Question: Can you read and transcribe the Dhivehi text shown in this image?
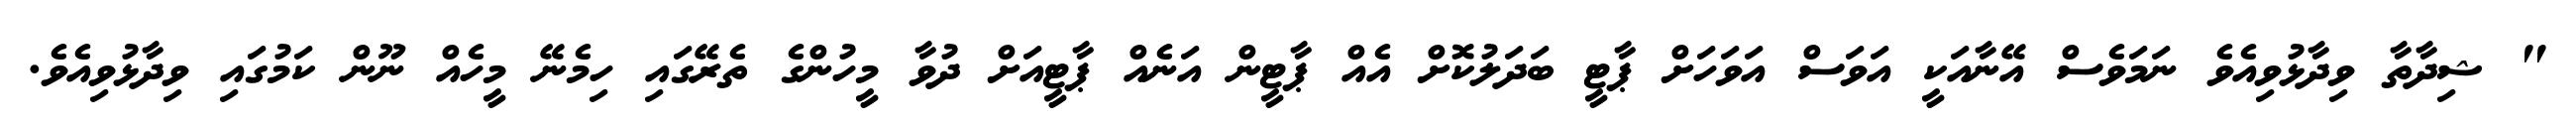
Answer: " ޝިދާތާ ވިދާޅުވިއެވެ ނަމަވެސް އޭނާއަކީ އަވަސް އަވަހަށް ޕާޓީ ބަދަލުކޮށް އެއް ޕާޓީން އަނެއް ޕާޓީއަށް ދުވާ މީހުންގެ ތެރޭގައި ހިމެނޭ މީހެއް ނޫން ކަމުގައި ވިދާޅުވިއެވެ.